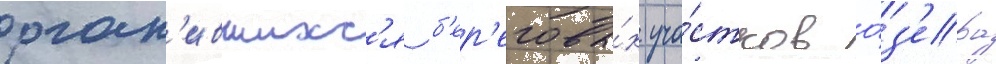
огол'ившихс'я б'ер'еговы́х уча́стков о́з'ера